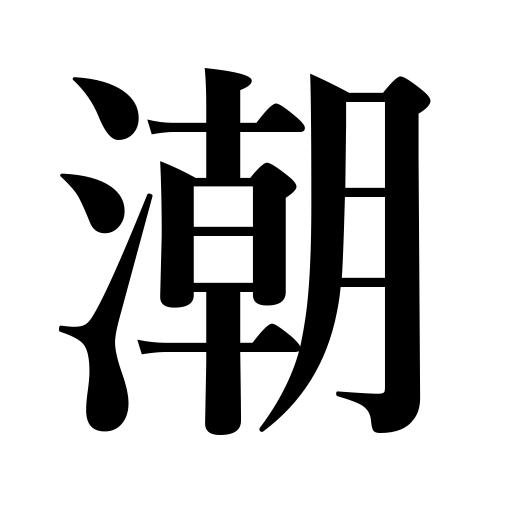
Meanings: salt water,opportunity,tide